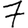
Digit: 7